Indian journal of veterinary science and animal husbandry - Volume 11,
Year: 1941
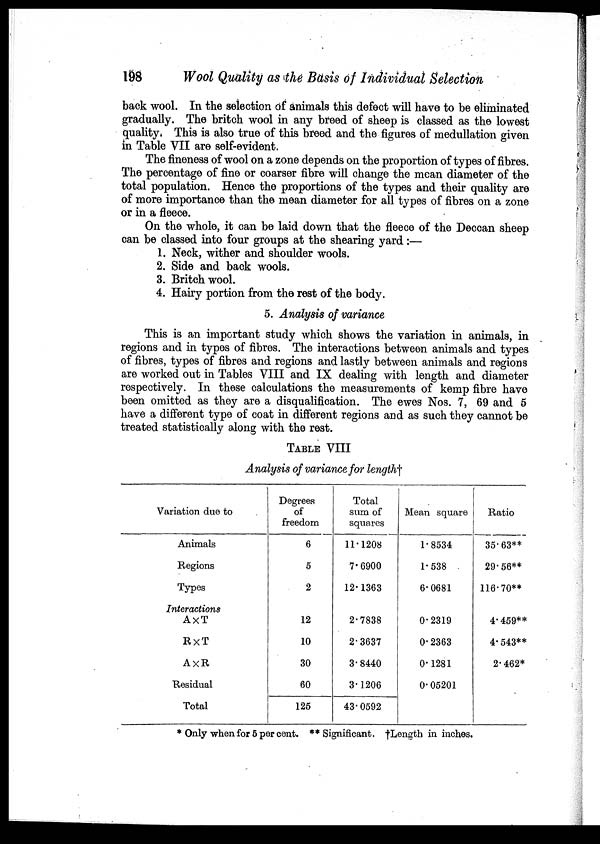
198
Wool Quality as the Basis of Individual Selection
back wool. In the selection of animals this defect will have to be eliminated
gradually. The britch wool in any breed of sheep is classed as the lowest
quality. This is also true of this breed and the figures of medullation given
in Table VII are self-evident.
The fineness of wool on a zone depends on the proportion of types of fibres.
The percentage of fine or coarser fibre will change the mean diameter of the
total population. Hence the proportions of the types and their quality are
of more importance than the mean diameter for all types of fibres on a zone
or in a fleece.
On the whole, it can be laid down that the fleece of the Deccan sheep
can be classed into four groups at the shearing yard:—
1. Neck, wither and shoulder wools.
2. Side and back wools.
3. Britch wool.
4. Hairy portion from the rest of the body.
5. Analysis of variance
This is an important study which shows the variation in animals, in
regions and in types of fibres. The interactions between animals and types
of fibres, types of fibres and regions and lastly between animals and regions
are worked out in Tables VIII and IX dealing with length and diameter
respectively. In these calculations the measurements of kemp fibre have
been omitted as they are a disqualification. The ewes Nos. 7, 69 and 5
have a different type of coat in different regions and as such they cannot be
treated statistically along with the rest.
TABLE VIII
Analysis of variance for length†
Variation due to
Animals
Regions
Types
Interactions
A×T
R×T
A×R
Residual
Total
Degrees
of
freedom
6
5
2
12
10
30
60
125
Total
sum of
squares
11.1208
7.6900
12.1363
2.7838
2.3637
3.8440
3.1206
43.0592
Mean square
1.8534
1.538
6.0681
0.2319
0.2363
0.1281
0.05201
Ratio
35.63**
29.56**
116.70**
4.459**
4.543**
2.462*
* Only when for 5 per cent. ** Significant, †Length in inches.